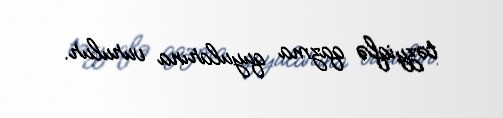
təzyiqlə qazma quyularına vurulur.